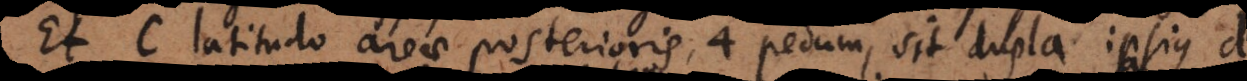
Et c latitudo areae posterioris, 4 pedum, sit dupla ipsius d